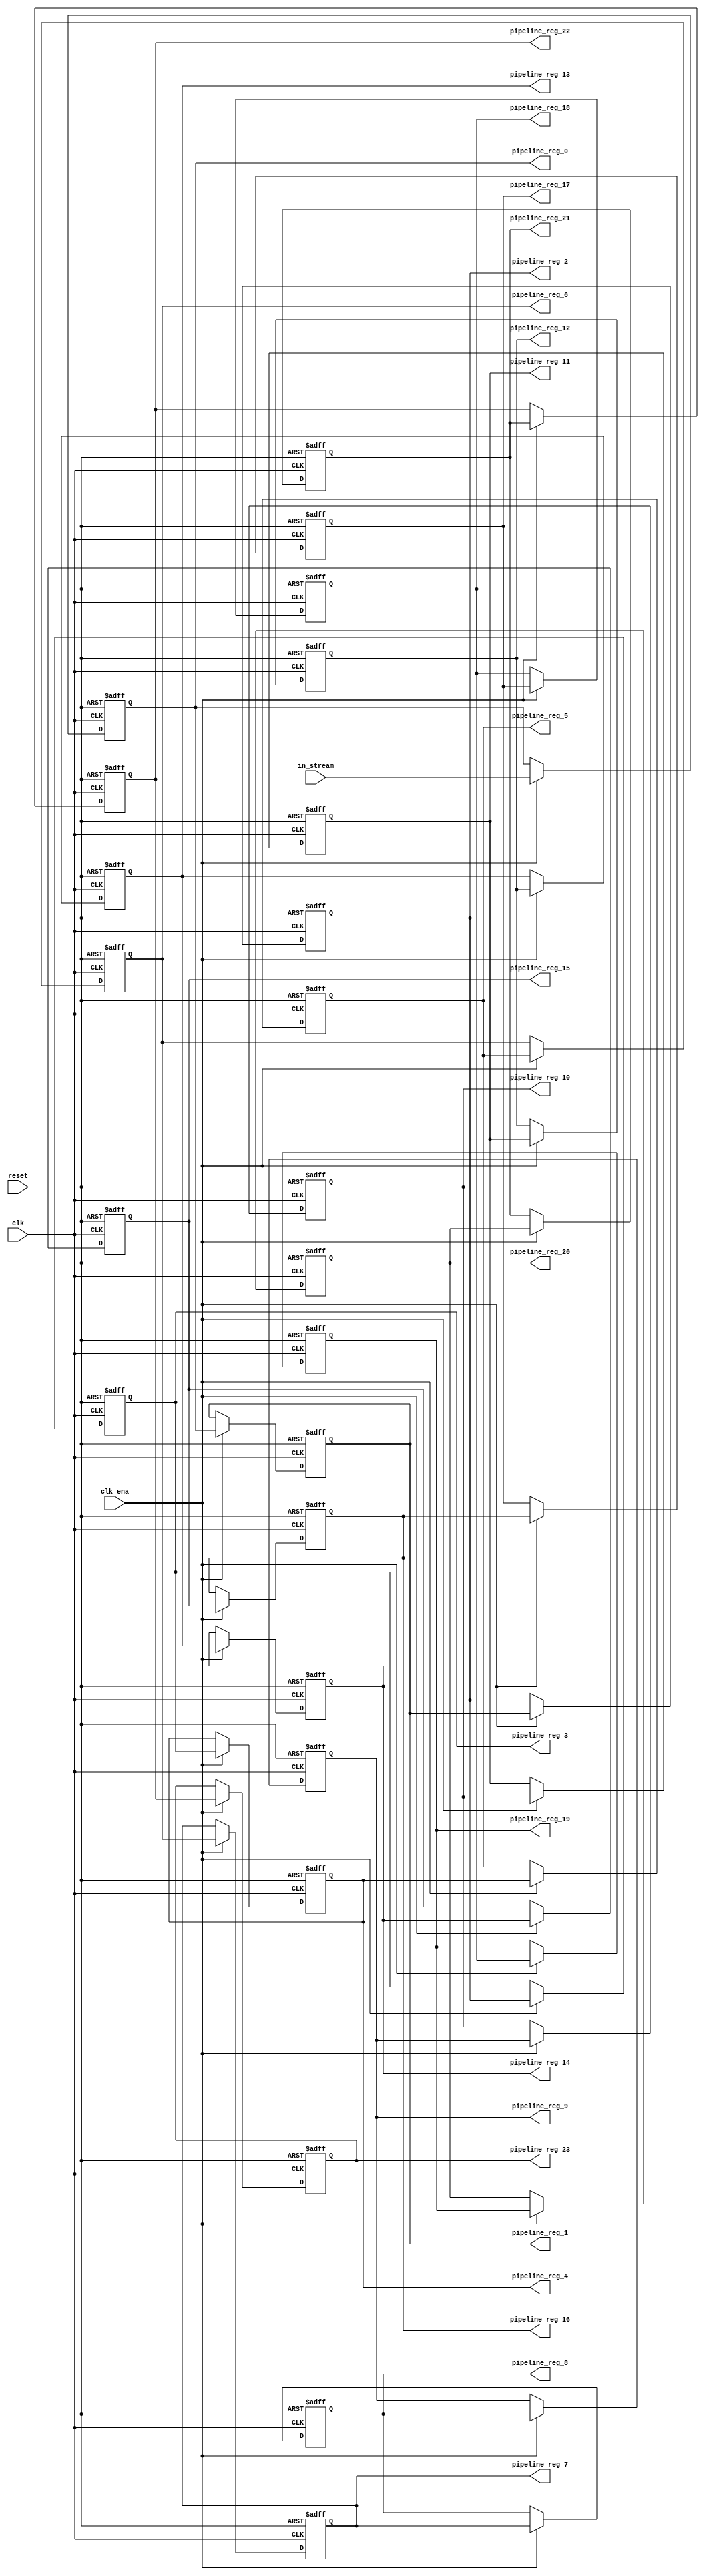
module input_pipeline_8 (
	clk,
	clk_ena,
	in_stream,
	pipeline_reg_0,
	pipeline_reg_1,
	pipeline_reg_2,
	pipeline_reg_3,
	pipeline_reg_4,
	pipeline_reg_5,
	pipeline_reg_6,
	pipeline_reg_7,
	pipeline_reg_8,
	pipeline_reg_9,
	pipeline_reg_10,
	pipeline_reg_11,
	pipeline_reg_12,
	pipeline_reg_13,
	pipeline_reg_14,
	pipeline_reg_15,
	pipeline_reg_16,
	pipeline_reg_17,
	pipeline_reg_18,
	pipeline_reg_19,
	pipeline_reg_20,
	pipeline_reg_21,
	pipeline_reg_22,
	pipeline_reg_23,
	reset);
	parameter WIDTH = 1;
	input clk;
	input clk_ena;
	input [WIDTH-1:0] in_stream;
	output [WIDTH-1:0] pipeline_reg_0;
	output [WIDTH-1:0] pipeline_reg_1;
	output [WIDTH-1:0] pipeline_reg_2;
	output [WIDTH-1:0] pipeline_reg_3;
	output [WIDTH-1:0] pipeline_reg_4;
	output [WIDTH-1:0] pipeline_reg_5;
	output [WIDTH-1:0] pipeline_reg_6;
	output [WIDTH-1:0] pipeline_reg_7;
	output [WIDTH-1:0] pipeline_reg_8;
	output [WIDTH-1:0] pipeline_reg_9;
	output [WIDTH-1:0] pipeline_reg_10;
	output [WIDTH-1:0] pipeline_reg_11;
	output [WIDTH-1:0] pipeline_reg_12;
	output [WIDTH-1:0] pipeline_reg_13;
	output [WIDTH-1:0] pipeline_reg_14;
	output [WIDTH-1:0] pipeline_reg_15;
	output [WIDTH-1:0] pipeline_reg_16;
	output [WIDTH-1:0] pipeline_reg_17;
	output [WIDTH-1:0] pipeline_reg_18;
	output [WIDTH-1:0] pipeline_reg_19;
	output [WIDTH-1:0] pipeline_reg_20;
	output [WIDTH-1:0] pipeline_reg_21;
	output [WIDTH-1:0] pipeline_reg_22;
	output [WIDTH-1:0] pipeline_reg_23;
	reg [WIDTH-1:0] pipeline_reg_0;
	reg [WIDTH-1:0] pipeline_reg_1;
	reg [WIDTH-1:0] pipeline_reg_2;
	reg [WIDTH-1:0] pipeline_reg_3;
	reg [WIDTH-1:0] pipeline_reg_4;
	reg [WIDTH-1:0] pipeline_reg_5;
	reg [WIDTH-1:0] pipeline_reg_6;
	reg [WIDTH-1:0] pipeline_reg_7;
	reg [WIDTH-1:0] pipeline_reg_8;
	reg [WIDTH-1:0] pipeline_reg_9;
	reg [WIDTH-1:0] pipeline_reg_10;
	reg [WIDTH-1:0] pipeline_reg_11;
	reg [WIDTH-1:0] pipeline_reg_12;
	reg [WIDTH-1:0] pipeline_reg_13;
	reg [WIDTH-1:0] pipeline_reg_14;
	reg [WIDTH-1:0] pipeline_reg_15;
	reg [WIDTH-1:0] pipeline_reg_16;
	reg [WIDTH-1:0] pipeline_reg_17;
	reg [WIDTH-1:0] pipeline_reg_18;
	reg [WIDTH-1:0] pipeline_reg_19;
	reg [WIDTH-1:0] pipeline_reg_20;
	reg [WIDTH-1:0] pipeline_reg_21;
	reg [WIDTH-1:0] pipeline_reg_22;
	reg [WIDTH-1:0] pipeline_reg_23;
	input reset;
	always@(posedge clk or posedge reset) begin
		if(reset) begin
			pipeline_reg_0 <= 0;
			pipeline_reg_1 <= 0;
			pipeline_reg_2 <= 0;
			pipeline_reg_3 <= 0;
			pipeline_reg_4 <= 0;
			pipeline_reg_5 <= 0;
			pipeline_reg_6 <= 0;
			pipeline_reg_7 <= 0;
			pipeline_reg_8 <= 0;
			pipeline_reg_9 <= 0;
			pipeline_reg_10 <= 0;
			pipeline_reg_11 <= 0;
			pipeline_reg_12 <= 0;
			pipeline_reg_13 <= 0;
			pipeline_reg_14 <= 0;
			pipeline_reg_15 <= 0;
			pipeline_reg_16 <= 0;
			pipeline_reg_17 <= 0;
			pipeline_reg_18 <= 0;
			pipeline_reg_19 <= 0;
			pipeline_reg_20 <= 0;
			pipeline_reg_21 <= 0;
			pipeline_reg_22 <= 0;
			pipeline_reg_23 <= 0;
		end else begin
			if(clk_ena) begin
				pipeline_reg_0 <= in_stream;
				pipeline_reg_1 <= pipeline_reg_0;
				pipeline_reg_2 <= pipeline_reg_1;
				pipeline_reg_3 <= pipeline_reg_2;
				pipeline_reg_4 <= pipeline_reg_3;
				pipeline_reg_5 <= pipeline_reg_4;
				pipeline_reg_6 <= pipeline_reg_5;
				pipeline_reg_7 <= pipeline_reg_6;
				pipeline_reg_8 <= pipeline_reg_7;
				pipeline_reg_9 <= pipeline_reg_8;
				pipeline_reg_10 <= pipeline_reg_9;
				pipeline_reg_11 <= pipeline_reg_10;
				pipeline_reg_12 <= pipeline_reg_11;
				pipeline_reg_13 <= pipeline_reg_12;
				pipeline_reg_14 <= pipeline_reg_13;
				pipeline_reg_15 <= pipeline_reg_14;
				pipeline_reg_16 <= pipeline_reg_15;
				pipeline_reg_17 <= pipeline_reg_16;
				pipeline_reg_18 <= pipeline_reg_17;
				pipeline_reg_19 <= pipeline_reg_18;
				pipeline_reg_20 <= pipeline_reg_19;
				pipeline_reg_21 <= pipeline_reg_20;
				pipeline_reg_22 <= pipeline_reg_21;
				pipeline_reg_23 <= pipeline_reg_22;
			end 
		end
	end
endmodule